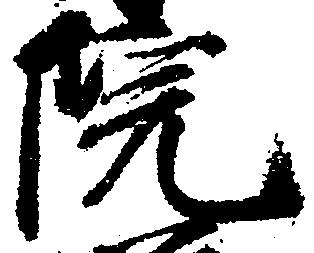
院